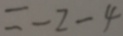
= - 2 - 4